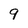
Character: 9